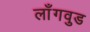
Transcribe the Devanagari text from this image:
लाँगवुड